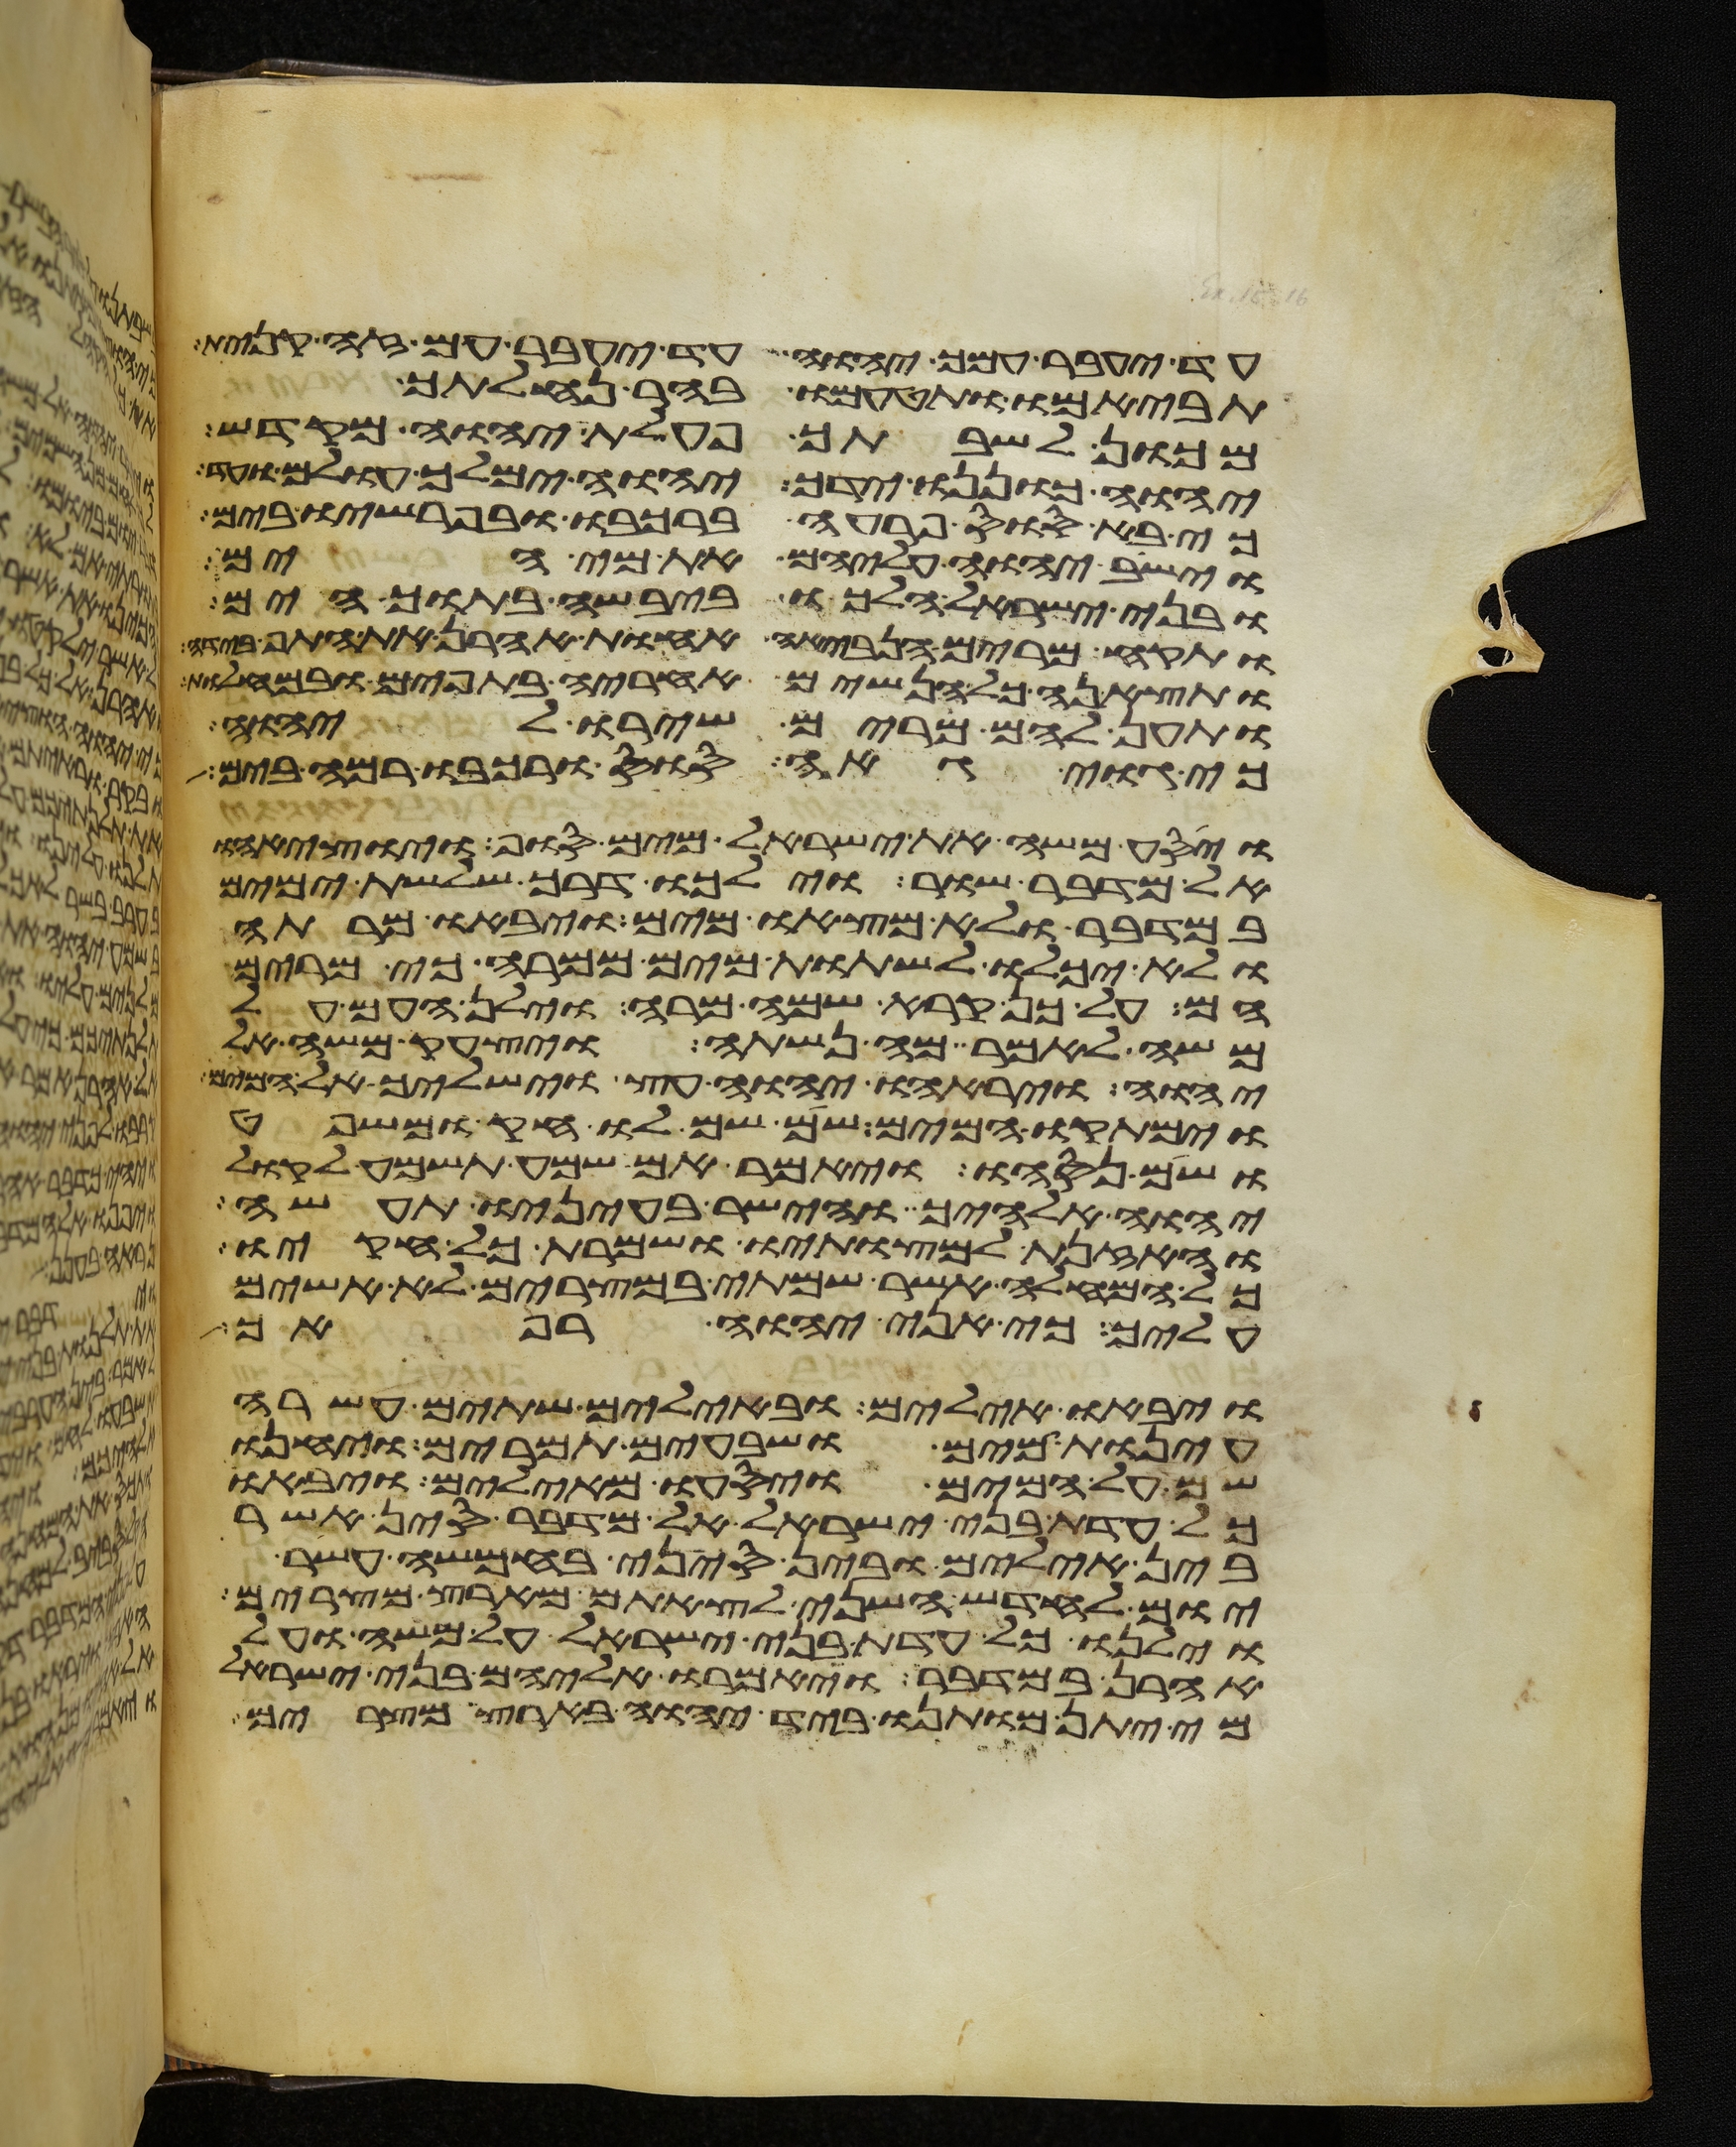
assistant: עד יעבר עמך יהוה עד יעבר עם זה קנית
תביאמו ותטעמו בהר נחלתך
מכון לשבתך פעלת יהוה מקדש
יהוה כוננו ידך יהוה ימלך עולם
כי בא סוס פרעה ברכבו ובפרשיו בים
וישב יהוה עליהם את מי הים
ובני ישראל הלכו ביבשה בתוך הים
ותקח מרים הנביאה אחות אהרן את התף
ותצאנה כל הנשים אחריה בתפים ובמחלות
ותען להם מרים שירו ליהוה
כי גוי גאה סוס ורכבו רמה בים
ויסע משה את ישראל מים סוף ויוציאהו
אל מדבר שור וילכו דרך שלשת ימים
במדבר ולא מצאו מים ויבאו מרתה
ולא יכלו לשתות מים ממרה כי מרים
הם על כן קרא שמה מרה וילן העם על
משה לאמר מה נשתה ויצעק משה אל
יהוה ויראהו יהוה עץ וישלך אל המים
וימתקו המים שם שם לו חק ומשפט
ושם נסהו ויאמר אם שמע תשמע לקול
יהוה אלהיך והישר בעיניו תעשה
והאזנת למצותיו ושמרת כל חקיו
כל המחלה אשר שמתי במצרים לא אשים
עליך כי אני יהוה רפאך
ויבאו אילים ובאילים שתים עשרה
עינות מים ושבעים תמרים ויחנו
שם על המים ויסעו מאילים ויבאו
כל עדת בני ישראל אל מדבר סין אשר
בין אילים ובין סיני בחמשה עשר
יום לחדש השני לצאתם מארץ מצרים
וילנו כל עדת בני ישראל על משה ועל
אהרן במדבר ויאמרו אליהם בני ישראל
מי יתן מותנו ביד יהוה בארץ מצרים